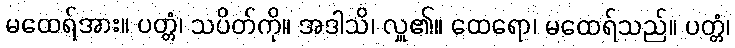
မထေရ်အား။ ပတ္တံ၊ သပိတ်ကို။ အဒါသိ၊ လှူ၏။ ထေရော၊ မထေရ်သည်။ ပတ္တံ၊